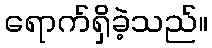
ရောက်ရှိခဲ့သည်။